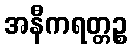
အနီကရတ္တဉ္စ